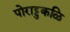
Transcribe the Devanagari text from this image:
पोराट्टुकळि